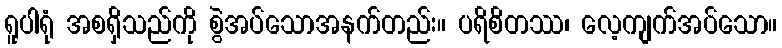
ရူပါရုံ အစရှိသည်ကို စွဲအပ်သောအနက်တည်း။ ပရိစိတဿ၊ လေ့ကျက်အပ်သော။